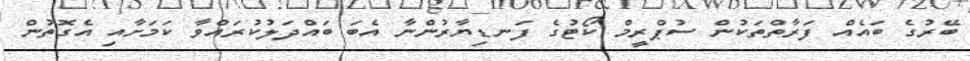
ބޭރުގެ ބައެއް ފަރާތްތަކުން ސުޕްރީމް ކޯޓުގެ ފަނޑިޔާރުންނާ އެބަ ބައްދަލުކުރައްވާ ކަމަށާއި އެގޮތުން